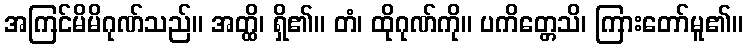
အကြင်မိမိဂုဏ်သည်။ အတ္ထိ၊ ရှိ၏။ တံ၊ ထိုဂုဏ်ကို။ ပကိတ္တေသိ၊ ကြားတော်မူ၏။